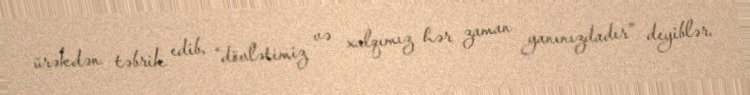
ürəkdən təbrik edib, “dövlətimiz və xalqımız hər zaman yanınızdadır” deyiblər.